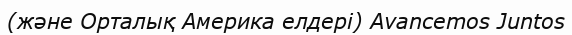
(және Орталық Америка елдері) Avancemos Juntos